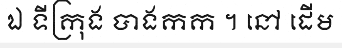
ឯ ទីក្រុង បាងកក ។ នៅ ដើម